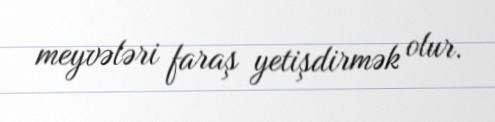
meyvələri faraş yetişdirmək olur.